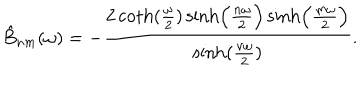
\hat { B } _ { n m } ( \omega ) = - { \frac { 2 \coth ( { \frac { \omega } { 2 } } ) \sinh \Bigl ( { \frac { n \omega } { 2 } } \Bigr ) \sinh \Bigl ( { \frac { m \omega } { 2 } } \Bigr ) } { \sinh ( { \frac { \nu \omega } { 2 } } ) } } .